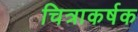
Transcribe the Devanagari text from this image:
चित्राकर्षक